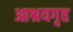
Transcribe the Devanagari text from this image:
आश्रयगृह